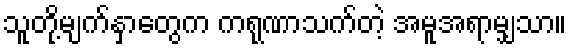
သူတို့မျက်နှာတွေက ကရုဏာသက်တဲ့ အမူအရာမျှသာ။